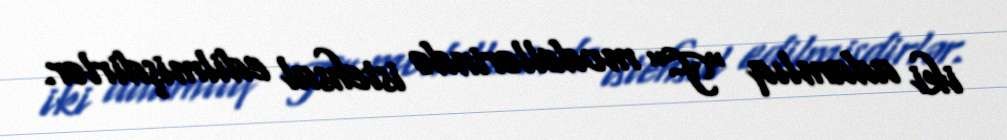
iki adamlıq “F” modellərində istehsal edilmişdirlər.